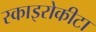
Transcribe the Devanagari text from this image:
स्काइरोकीटा